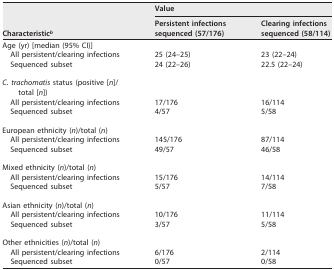
<table><thead><tr><td rowspan="2"><b>Characteristic<sup><i>b</i></sup></b></td><td colspan="2"><b>Value</b></td></tr><tr><td><b>Persistent infections sequenced (57/176)</b></td><td><b>Clearing infections sequenced (58/114)</b></td></tr></thead><tbody><tr><td>Age (yr) [median (95% CI)]</td><td></td><td></td></tr><tr><td>All persistent/clearing infections</td><td>25 (24–25)</td><td>23 (22–24)</td></tr><tr><td>Sequenced subset</td><td>24 (22–26)</td><td>22.5 (22–24)</td></tr><tr><td>C. trachomatis status (positive [<i>n</i>]/total [<i>n</i>])</td><td></td><td></td></tr><tr><td>All persistent/clearing infections</td><td>17/176</td><td>16/114</td></tr><tr><td>Sequenced subset</td><td>4/57</td><td>5/58</td></tr><tr><td>European ethnicity (<i>n</i>)/total (<i>n</i>)</td><td></td><td></td></tr><tr><td>All persistent/clearing infections</td><td>145/176</td><td>87/114</td></tr><tr><td>Sequenced subset</td><td>49/57</td><td>46/58</td></tr><tr><td>Mixed ethnicity (<i>n</i>)/total (<i>n</i>)</td><td></td><td></td></tr><tr><td>All persistent/clearing infections</td><td>15/176</td><td>14/114</td></tr><tr><td>Sequenced subset</td><td>5/57</td><td>7/58</td></tr><tr><td>Asian ethnicity (<i>n</i>)/total (<i>n</i>)</td><td></td><td></td></tr><tr><td>All persistent/clearing infections</td><td>10/176</td><td>11/114</td></tr><tr><td>Sequenced subset</td><td>3/57</td><td>5/58</td></tr><tr><td>Other ethnicities (<i>n</i>)/total (<i>n</i>)</td><td></td><td></td></tr><tr><td>All persistent/clearing infections</td><td>6/176</td><td>2/114</td></tr><tr><td>Sequenced subset</td><td>0/57</td><td>0/58</td></tr></tbody></table>